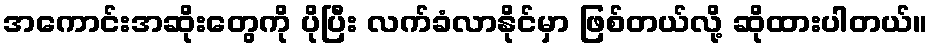
အကောင်းအဆိုးတွေကို ပိုပြီး လက်ခံလာနိုင်မှာ ဖြစ်တယ်လို့ ဆိုထားပါတယ်။